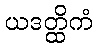
ယဒတ္ထိကံ